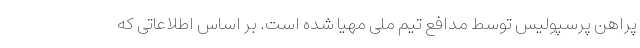
پراهن پرسپولیس توسط مدافع تیم ملی مهیا شده است. بر اساس اطلاعاتی که